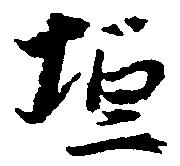
垣